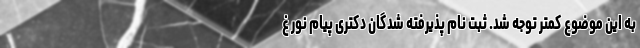
به این موضوع کمتر توجه شد. ثبت نام پذیرفته شدگان دکتری پیام نور غ